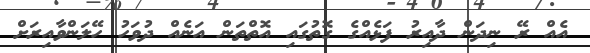
އެއް ރޭ ނިދަން ދާއިރު ފަޅެއްގެ ގޮތުގައި އޮތްތަން އަނެއް ދުވަހު ހޭލަންވާއިރަށް